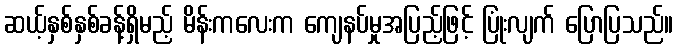
ဆယ့်နှစ်နှစ်ခန့်ရှိမည့် မိန်းကလေးက ကျေနပ်မှုအပြည့်ဖြင့် ပြုံးလျက် ပြောပြသည်။